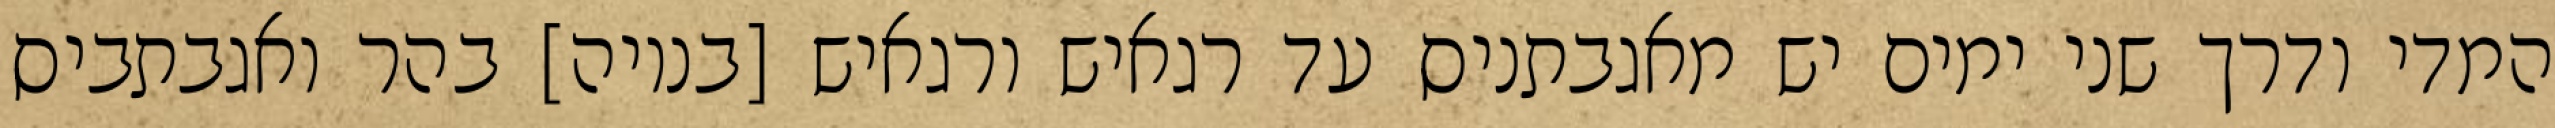
המדי ודרך שני ימים יש מאגבתניס עד רגאיש ורגאיש [בנויה] בהר ואגבתביס